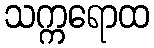
သက္ကရောထ